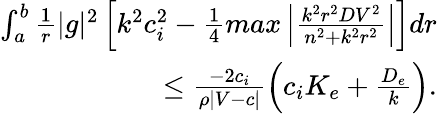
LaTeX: \begin{array}{r}{\int_{a}^{b}\frac{1}{r}|g|^{2}\left[k^{2}c_{i}^{2}-\frac{1}{4}max\left|\frac{k^{2}r^{2}DV^{2}}{n^{2}+k^{2}r^{2}}\right|\right]dr}\\ {\leq\frac{-2c_{i}}{\rho|V-c|}\left(c_{i}K_{e}+\frac{D_{e}}{k}\right).}\end{array}